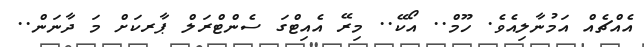
އެއްޗެއް އަމުނާލިއެވެ. ހޫމް.. އޯކޭ.. މިރޭ އެއިޓްގަ ސެންޓްރަލް ޕާރކަށް މަ ދާނަން..